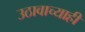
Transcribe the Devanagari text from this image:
उठावाच्याही